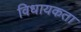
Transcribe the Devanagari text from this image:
विधायकता